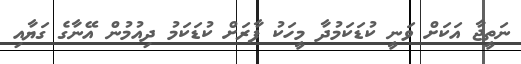
ނަތީޖާ އަކަށް ވަނީ ކުޑަކަމުދާ މީހަކު ފާރަށް ކުޑަކަމު ދިއުމުން އޭނާގެ ގަޔާއި